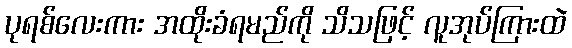
ပုရစ်လေးကား အထိုးခံရမည်ကို သိသဖြင့် လူအုပ်ကြားထဲ